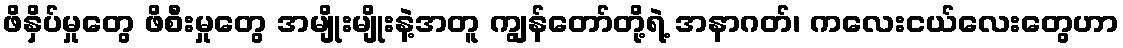
ဖိနှိပ်မှုတွေ ဖိစီးမှုတွေ အမျိုးမျိုးနဲ့အတူ ကျွန်တော်တို့ရဲ့ အနာဂတ်၊ ကလေးငယ်လေးတွေဟာ